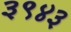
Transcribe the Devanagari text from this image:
३९४३